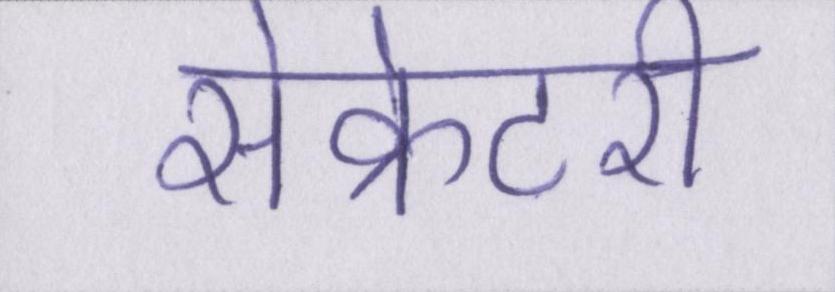
सेक्रेटरी